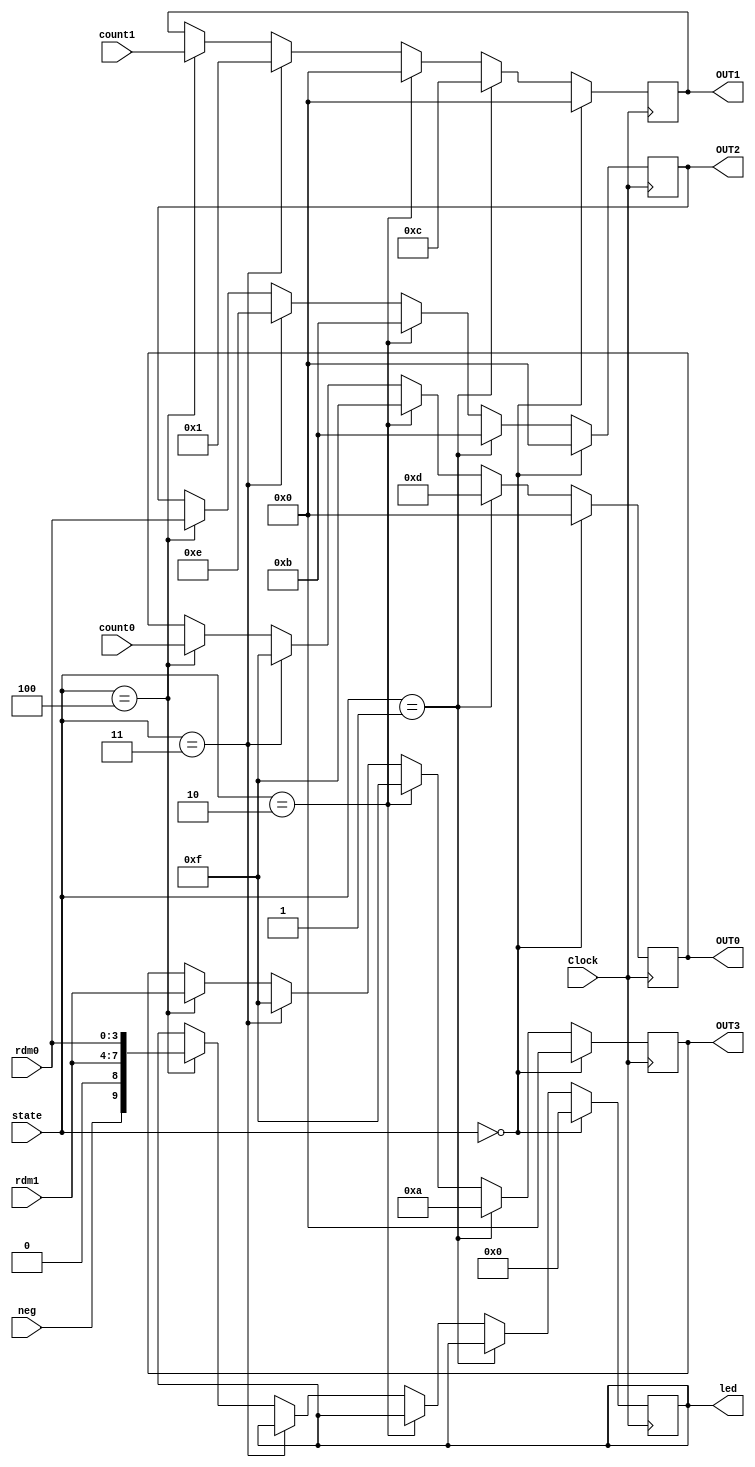
module outputs (state, Clock, neg, rdm0, rdm1, count0, count1, OUT0, OUT1, OUT2, OUT3, led);
	input [2:0] state;
	input Clock;
	input neg;
	input [3:0] rdm1, rdm0;
	input [3:0] count0, count1;
	output reg [3:0] OUT0, OUT1, OUT2, OUT3;
	output reg [9:0] led;
	
	always @(posedge Clock) begin
		// Idle/Reset
		if (state == 0) begin
			//Blank/Zeros
			OUT0 <= 4'b0;
			OUT1 <= 4'b0;
			OUT2 <= 4'b0;
			OUT3 <= 4'b0;
			led[9:0] = 10'b0;
		end
		else if (state == 1) begin
			//PLAY
			OUT0 <= 4'b1101;
			OUT1 <= 4'b1100;
			OUT2 <= 4'b1011;
			OUT3 <= 4'b1010;
		end
		else if (state == 2) begin
			//LO
			OUT0 <= 4'b1111;
			OUT1 <= 4'b0000;
			OUT2 <= 4'b1011;
			OUT3 <= 4'b1111;
		end
		else if (state == 3) begin
			//HI
			OUT0 <= 4'b1111;
			OUT1 <= 4'b0001;
			OUT2 <= 4'b1110;
			OUT3 <= 4'b1111;
		end
		else if (state == 4) begin
			// : RR## : RR - random, ## - num guesses
			OUT0 <= count0;
			OUT1 <= count1;
			OUT2 <= rdm0;
			OUT3 <= rdm1;
			led[9:0] <= {neg, 1'b0, rdm1[3:0], rdm0[3:0]};
		end
	end
endmodule